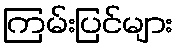
ကြမ်းပြင်များ